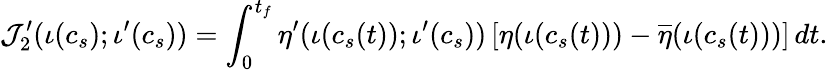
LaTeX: \mathcal{J}_{2}^{\prime}(\iota(c_{s});\iota^{\prime}(c_{s}))=\int_{0}^{t_{f}}\eta^{\prime}(\iota(c_{s}(t));\iota^{\prime}(c_{s}))\left[\eta(\iota(c_{s}(t)))-\overline{{\eta}}(\iota(c_{s}(t)))\right]\, dt.